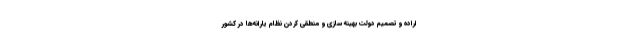
اراده و تصمیم دولت بهینه سازی و منطقی کردن نظام یارانه‌ها در کشور